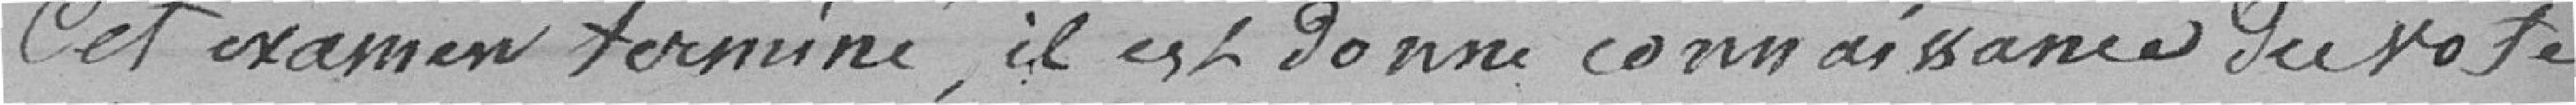
Cet examen terminé, il est donné connaissance du vote